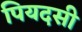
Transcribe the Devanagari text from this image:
पियदसी